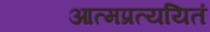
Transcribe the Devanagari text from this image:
आत्मप्रत्ययितं